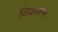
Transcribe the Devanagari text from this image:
विवस्वन्त